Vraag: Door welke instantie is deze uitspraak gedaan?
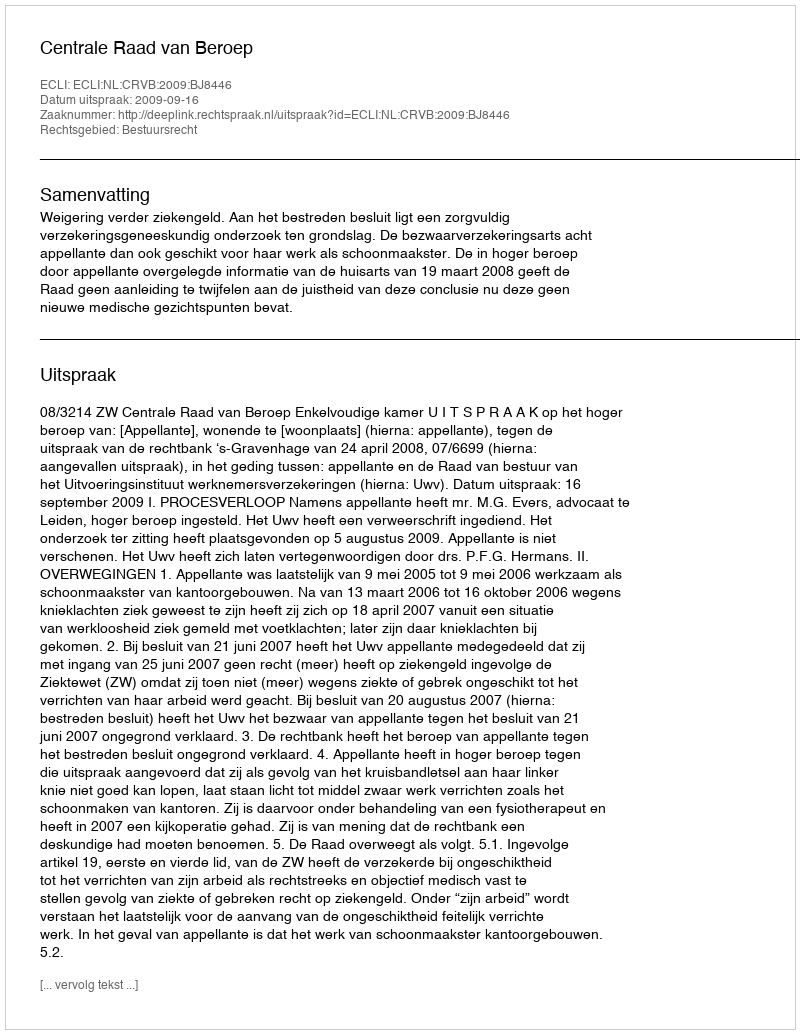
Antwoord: Centrale Raad van Beroep